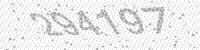
Solution: 294197